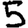
Digit: 5